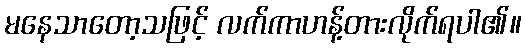
မနေသာတော့သဖြင့် လက်ကာဟန့်တားလိုက်ရပါ၏။